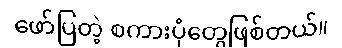
ဖော်ပြတဲ့ စကားပုံတွေဖြစ်တယ်။